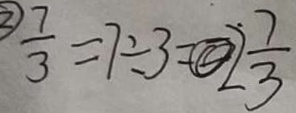
\textcircled { 2 } \frac { 7 } { 3 } = 7 \div 3 = 2 \frac { 7 } { 3 }